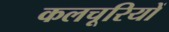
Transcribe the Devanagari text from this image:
कलचूरियों